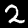
Label: 2